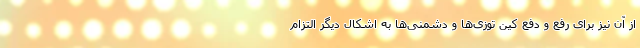
از آن نیز برای رفع و دفع کین توزی‌ها و دشمنی‌ها به اَشکال دیگر التزام